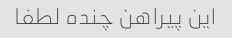
این پیراهن چنده لطفا